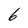
Character: 6